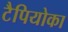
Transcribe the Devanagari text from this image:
टैपियोका